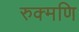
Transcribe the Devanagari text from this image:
रुक्मणि